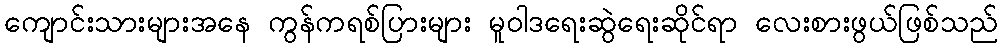
ကျောင်းသားများအနေ ကွန်ကရစ်ပြားများ မူဝါဒရေးဆွဲရေးဆိုင်ရာ လေးစားဖွယ်ဖြစ်သည်